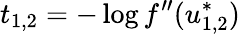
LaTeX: t_{1,2}=-\log f^{\prime\prime}(u_{1,2}^{*})